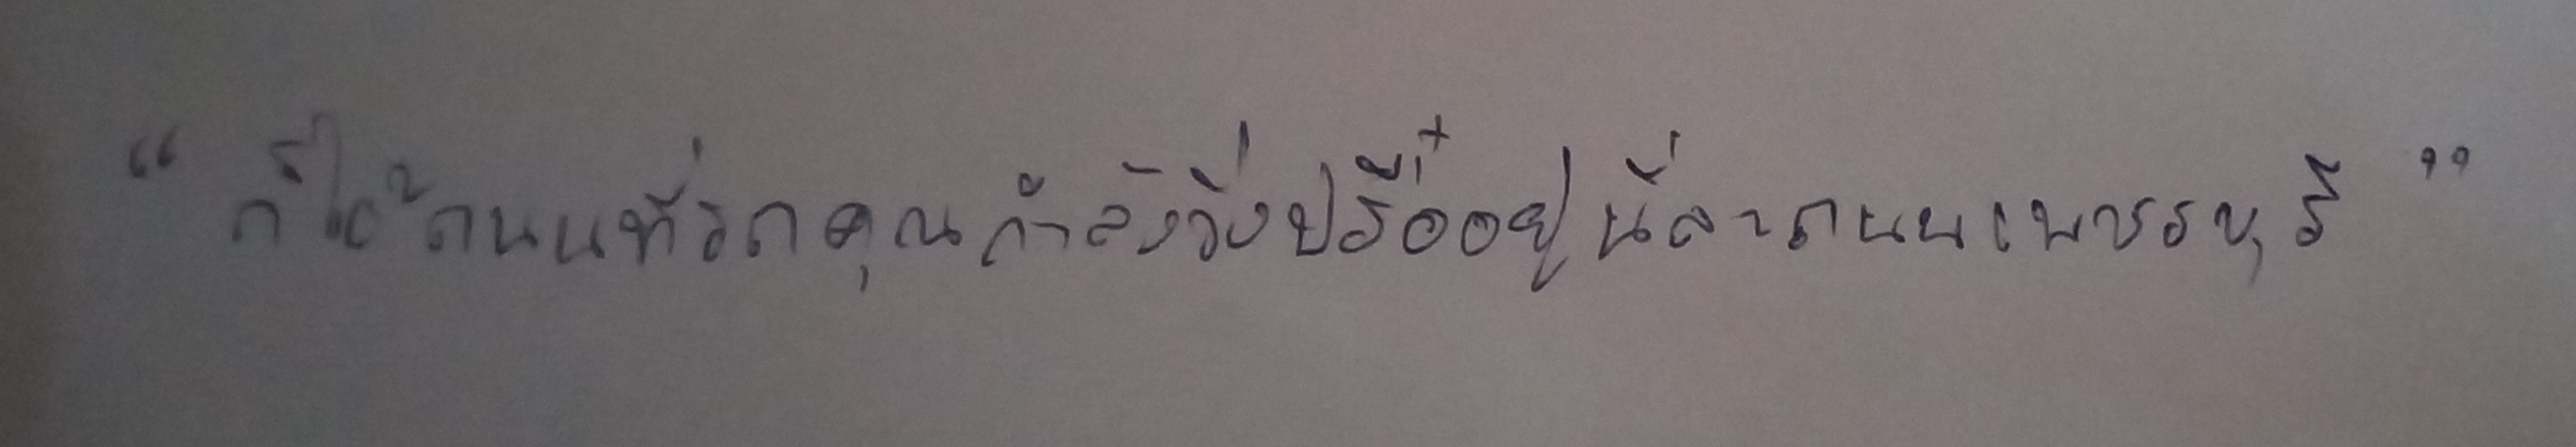
"ก็ไอ้ถนนที่รถคุณกำลังวิ่งปรื๋ออยู่นี่ละถนนเพชรบุรี"